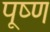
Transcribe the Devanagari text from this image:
पूष्ण